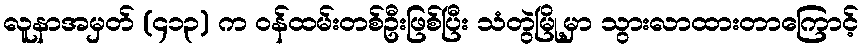
လူနာအမှတ် (၄၁၃) က ဝန်ထမ်းတစ်ဦးဖြစ်ပြီး သံတွဲမြို့မှာ သွားလာထားတာကြောင့်